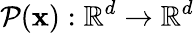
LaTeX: \mathcal{P}(\mathbf{x}):\mathbb{R}^{d}\to\mathbb{R}^{d}